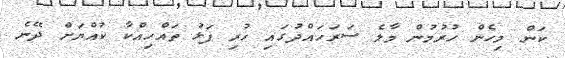
ކަން މިހެން ހުރުމުން މާލެ ސަރަހައްދުގައި ހުރި ފަޅު ތައްހިއްކާ ކުއްޔަށް ދޭނެ